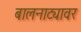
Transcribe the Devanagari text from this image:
बालनाट्यावर